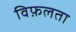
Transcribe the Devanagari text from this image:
विफ़लता